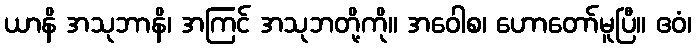
ယာနိ အသုဘာနိ၊ အကြင် အသုဘတို့ကို။ အဝေါစ၊ ဟောတော်မူပြီ။ ဧဝံ၊